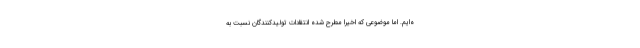
ه‌ایم. اما موضوعی که اخیرا مطرح شده انتقادات تولیدکنندگان نسبت به